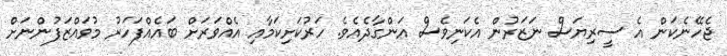
ޖެހޭނެކަން އެ ސީރިޔަސް ނަޒަރުން އެކަނިވެސް އަންގާދެއެވެ. ހަރުކަށިކަމާއި އެއްވަރަށް ބައެއްފަހަރު މުވައްޒަފުންނަށް